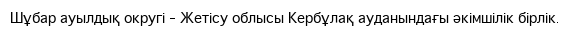
Шұбар ауылдық округі – Жетісу облысы Кербұлақ ауданындағы әкімшілік бірлік.